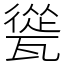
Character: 㼻